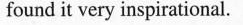
found it very inspirational.